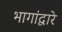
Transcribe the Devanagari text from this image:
भागांद्वारे